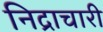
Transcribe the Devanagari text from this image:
निद्राचारी